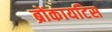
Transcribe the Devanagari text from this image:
ब्रोंकायटिस